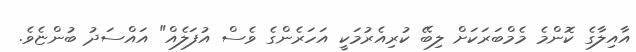
އާއިލާގެ ކޮންމެ މެމްބަރަކަށް ލިބޭ ކުރިއެރުމަކީ އަހަރެންގެ ވެސް އުފަލެއް" އައްސަދު ބުންޏެވެ.